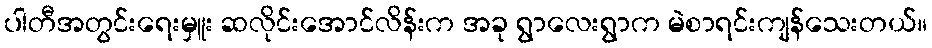
ပါတီအတွင်းရေးမှူး ဆလိုင်းအောင်လိန်းက အခု ရွာလေးရွာက မဲစာရင်းကျန်သေးတယ်။